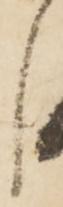
し